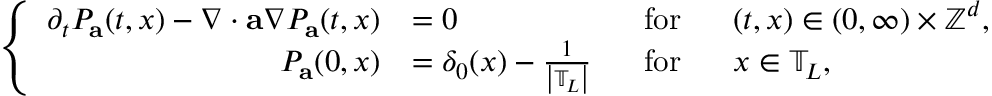
\left\{ \begin{array} { r l r l } { \partial _ { t } P _ { \mathbf { a } } ( t , x ) - \nabla \cdot \mathbf { a } \nabla P _ { \mathbf { a } } ( t , x ) } & { = 0 } & { ~ ~ \mathrm { f o r } } & { ~ ~ ( t , x ) \in ( 0 , \infty ) \times \ensuremath { \mathbb { Z } ^ { d } } , } \\ { P _ { \mathbf { a } } ( 0 , x ) } & { = \delta _ { 0 } ( x ) - \frac { 1 } { \left| \mathbb { T } _ { L } \right| } } & { ~ ~ \mathrm { f o r } } & { ~ ~ x \in \mathbb { T } _ { L } , } \end{array} \right.